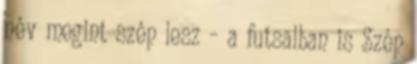
név megint szép lesz – a futsalban is Szép